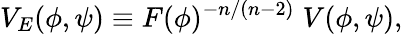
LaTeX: V_{E}(\phi,\psi)\equiv F(\phi)^{-n/(n-2)}\; V(\phi,\psi),